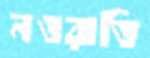
নওরাতি